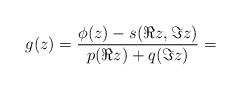
LaTeX: \begin{align*}g(z) = \frac{\phi(z) - s(\Re z,\Im z)}{p(\Re z)+q(\Im z)} = \end{align*}